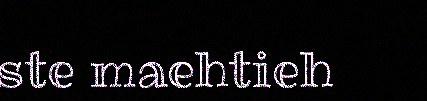
ste maehtieh